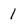
Character: 1